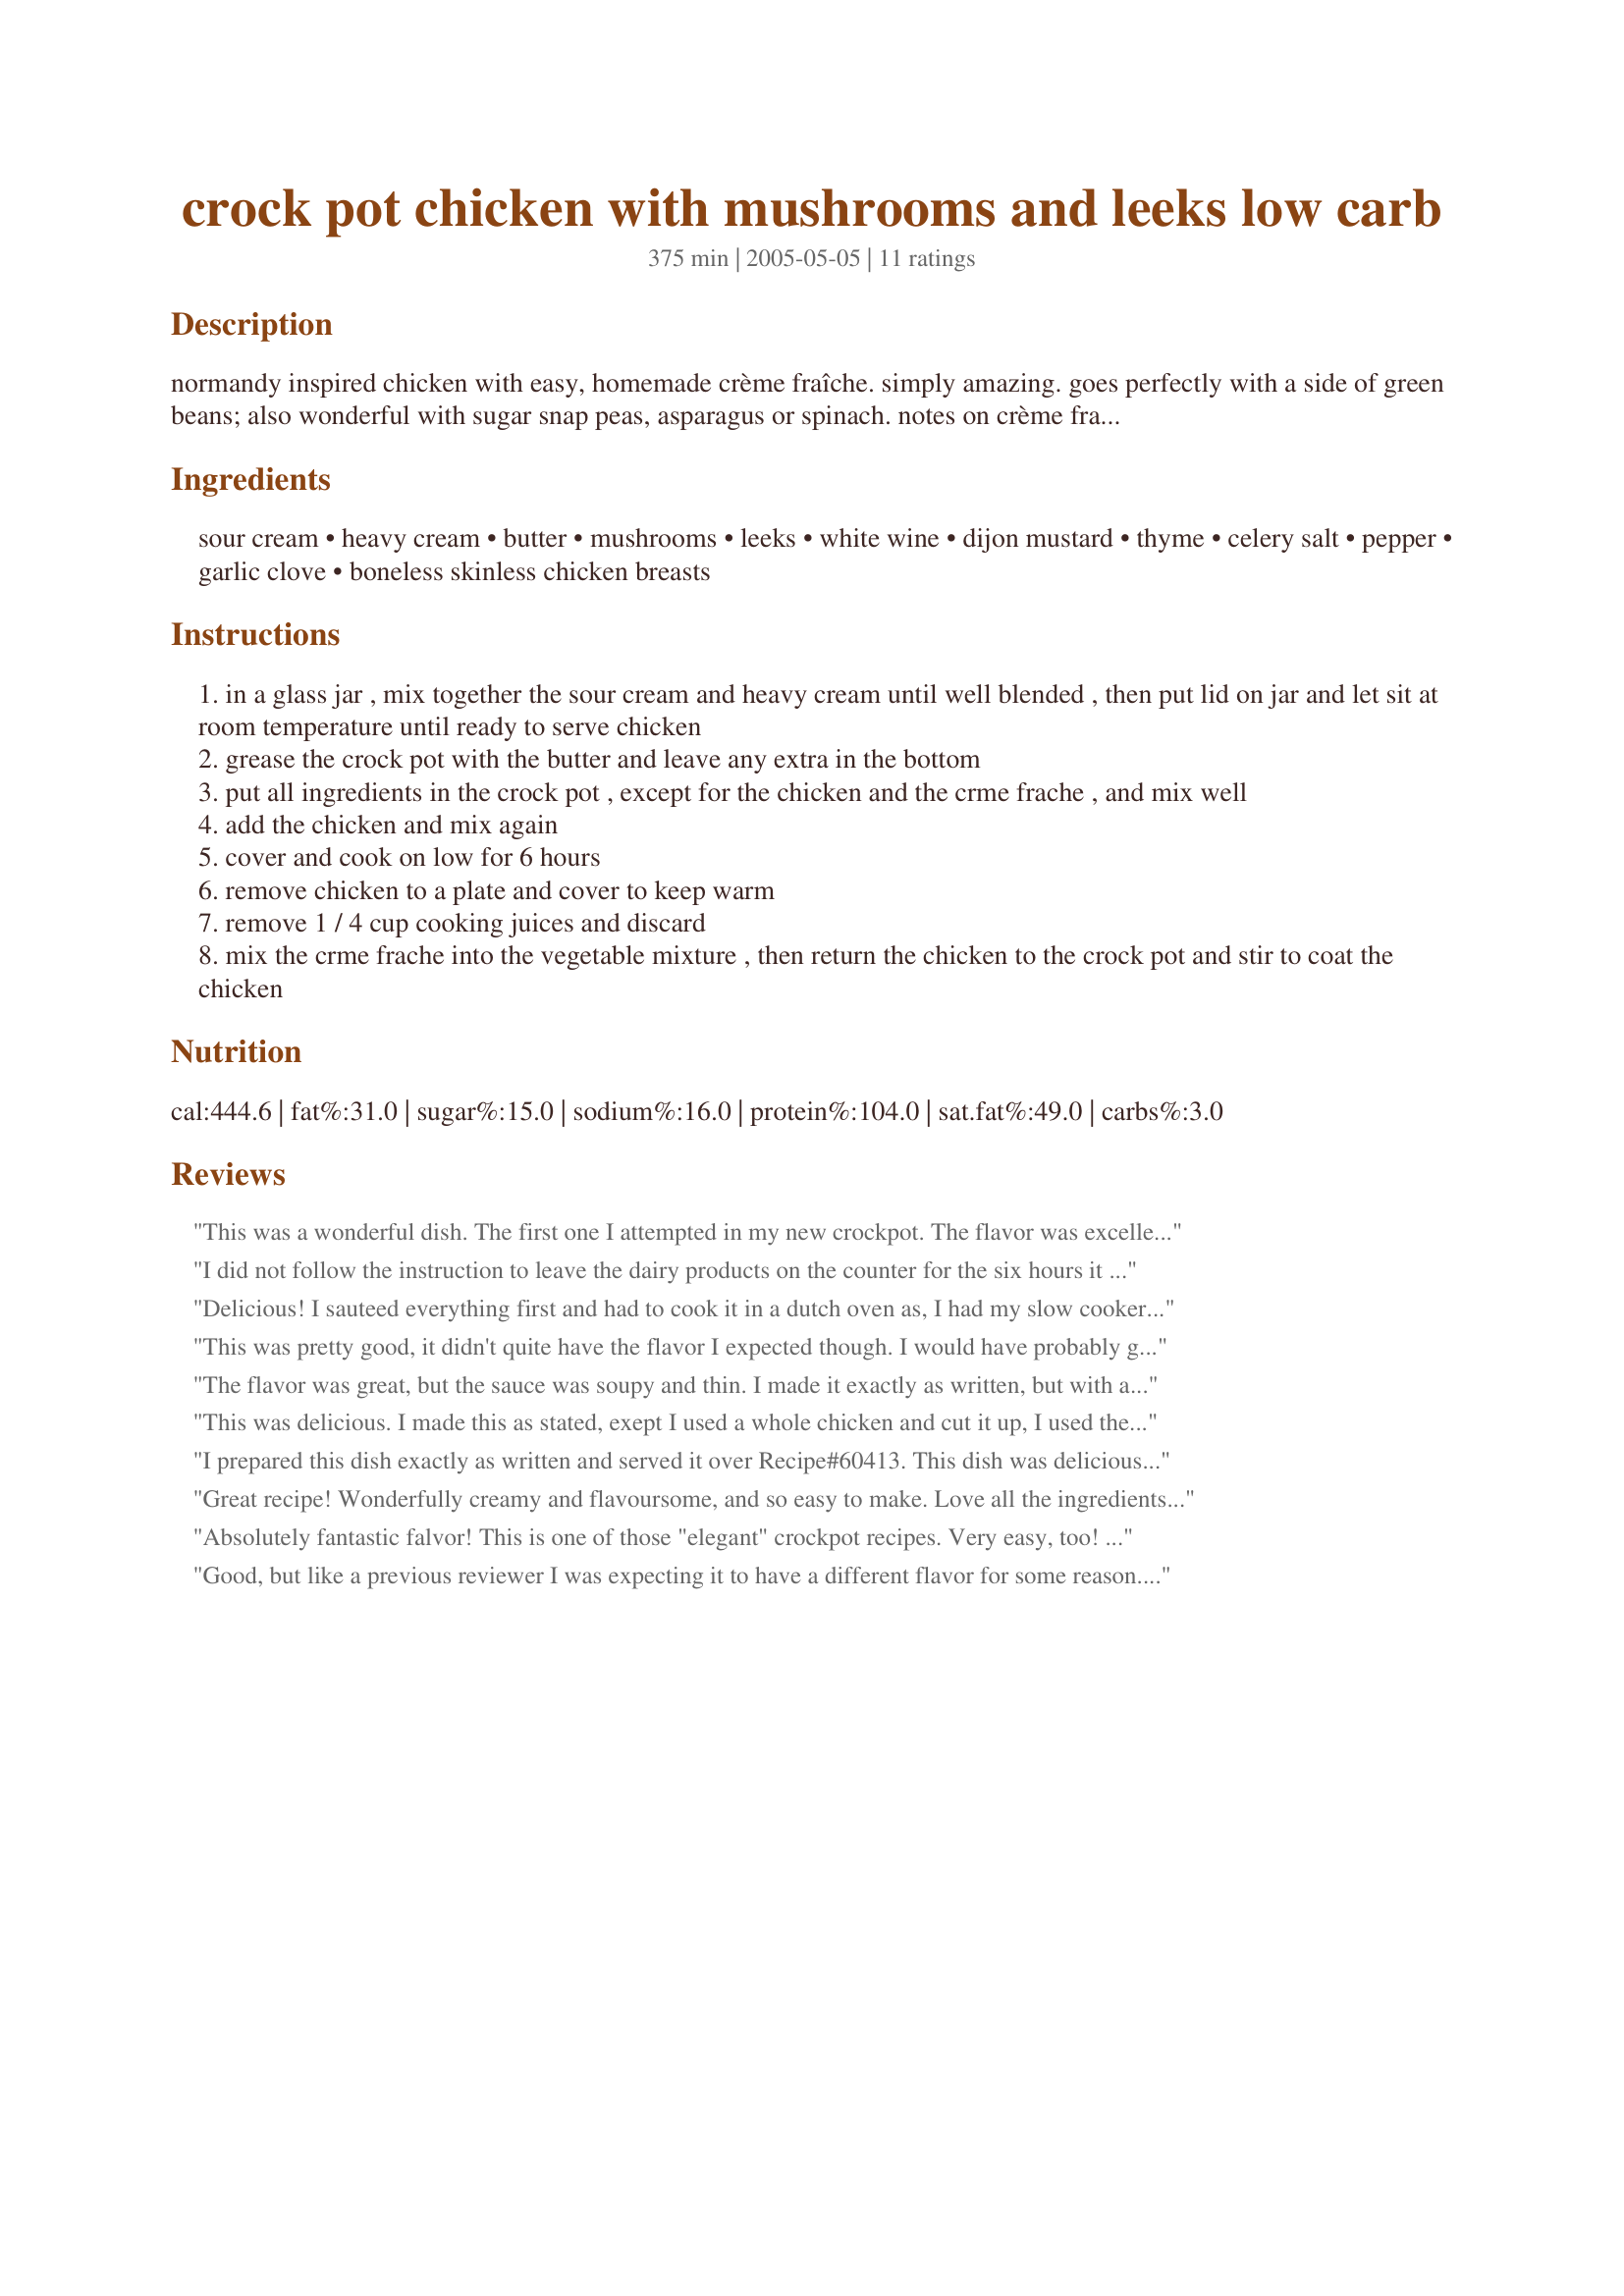
crock pot chicken with mushrooms and leeks low carb
Preparation time: 375 minutes

normandy inspired chicken with easy, homemade crème fraîche. simply amazing. goes perfectly with a side of green beans; also wonderful with sugar snap peas, asparagus or spinach. notes on crème fraîche: if you're concerned about the thickness of the finished sauce, mix up the crème fraîche a couple of hours ahead of starting the rest of the meal. crème fraîche thickens as it stands and the thicker it is, the thicker the finished sauce will be; many recipe call for leaving it out around 12 hours, or even up to 24, to set up. it is the bacterial cultures in the sour cream acting on the heavy cream that cause it to thicken and sour slightly, but from what i've read, it's a beneficial bacteria and perfectly safe to eat even when left out for that long (at any rate, i've left it out for that long and my family ate it and was perfectly fine). if you're concerned about the fact that it's a bacteria at all, heating it after it's thickened will kill the bacteria; the taste will be the same, but it will break down slightly and make the texture a little grainy.

Ingredients:
sour cream, heavy cream, butter, mushrooms, leeks, white wine, dijon mustard, thyme, celery salt, pepper, garlic clove, boneless skinless chicken breasts

Steps:
in a glass jar , mix together the sour cream and heavy cream until well blended , then put lid on jar and let sit at room temperature until ready to serve chicken
grease the crock pot with the butter and leave any extra in the bottom
put all ingredients in the crock pot , except for the chicken and the crme frache , and mix well
add the chicken and mix again
cover and cook on low for 6 hours
remove chicken to a plate and cover to keep warm
remove 1 / 4 cup cooking juices and discard
mix the crme frache into the vegetable mixture , then return the chicken to the crock pot and stir to coat the chicken

Reviews:
This was a wonderful dish. The first one I attempted in my new crockpot. The flavor was excellent. I forgot to leave out the creme fraiche and needed to drain more of the sauce or maybe even reduce it on the stove to keep all the flavor. I would also reduce the cooking time or chill the chicken as mentioned by peeblyweebly.&lt;br/&gt;&lt;br/&gt;I can&#039;t wait to make it a second time...it should be perfect!
I did not follow the instruction to leave the dairy products on the counter for the six hours it took the chicken to cook since that seemed like an invitation for food poisoning. It took nearly half hour to get all the ingredients chopped and ready to put in the crock pot. To slow down the cooking of the chicken to avoid it being overdone/dry, I put my chicken in the freezer for an hour before I put it in the crockpot. I used fresh thyme sprigs. After cooking for six hours, I drained off all but 1/2 cup liquid because there was just so much of it. But even leaving that little amount, after adding the dairy products the resulting sauce was very thin and watery. Although I like flavor combo of leeks and mushrooms this was kind of bland. I added salt, which was not on the ingredient list and that helped but this was still missing something. It was ok and we ate all of it but I don't expect to make this again.
Delicious! I sauteed everything first and had to cook it in a dutch oven as, I had my slow cooker on loan. I did add more salt and pepper. I simmered for about 1.5 hours. My boneless breasts were small though. I may even try tenders next time! The flavors of this dish went perfectly together with the sour and heavy cream. <br/>Served over white rice and had green beans with almonds on the side. I will definitely make this again! Thanks for posting!
This was pretty good, it didn't quite have the flavor I expected though. I would have probably given this 3 stars but DH really liked it so I bumped it up. I cubed my chicken before adding and it only took about 4 hours and even that was a bit too long so be careful with the cook time. I served over buttered egg noodles. Being as DH liked it so much I would probably make again. Thanks for posting!
The flavor was great, but the sauce was soupy and thin. I made it exactly as written, but with a bit less chicken. I could have taken out a cup of the broth before adding the creme freche, and it might have been okay. DH has seconds, but I had to serve it in a bowl. Perhaps if one uses jarred mushrooms as opposed to the gorgeous big fresh mushrooms I had, it might have been just right. Smelled great while cooking!
This was delicious.
I made this as stated, exept I used a whole chicken and cut it up, I used the thighs, breast and legs, and put the wigs and the carrcass in the freezer for making stock another time.
I prepared this dish exactly as written and served it over Recipe#60413. This dish was delicious, hearty, and perfect served over hot popovers. I was proud to serve it to my family.&lt;br/&gt;Thank you for posting it on this site.
Great recipe! Wonderfully creamy and flavoursome, and so easy to make. Love all the ingredients in this, and was pleased it called for boneless skinless chicken (I used chicken thighs) as this is what I prefer to use. I anticipated this being a winner, and I was even more delighted with the finished dish than I'd anticipated, so I'll certainly be making this again. The only slight change I made was to use three cloves of garlic (I usually up the garlic!). No need for any other adjustments: after all, the recipe already included wine and mushrooms and leeks and thyme! I confess to having been a tad nervous about leaving the cream out for so long, so I settled on leaving it out for about half of the cooking time. Excellent idea, so that you are not adding a cold ingredient right at the end of the cooking time. And to make room for the cream, as *Parsley* observed in an earlier review, DO heed instruction 7: removal of 1/4 cup of cooking juices! Mine weren't discarded: I added them to my cat's dinner, along with a sample of the chicken dish - so he was happy too! Made for the tag game EVERY DAY IS A HOLIDAY!Thanks for sharing a super recipe, littleturtle!
Absolutely fantastic falvor! This is one of those "elegant" crockpot recipes. Very easy, too! I made this exactly as written, using the white wine. The chicken was so tender, you could cut it without a knife. The sauce comes to a just-right consistancy. Don't forget to (as written) discard that 1/4 cup of cooking juices, though. This recipe really is a keeper. Thanx so much for sharing it!
Good, but like a previous reviewer I was expecting it to have a different flavor for some reason. The creme fraiche was really delicious and easy to make.
Oh, mymyMYMYMY! This was SO wonderful, rich, yummy and nommable! I cut the recipe in half and *highly* recommend cutting the time in half as well if you're going that route. Served after only 4 hours, my chicken was dry under the sauce, but that was entirely my fault for not adjusting the cook time in advance. Plus my crock pot's "low" setting is closer to high. Anyway, we could hardly get this chicken in our mouths fast enough! Good thing we were alone so no one could see our piggy selves. ;o) Thanks for a fantastic recipe, littleturtle!
